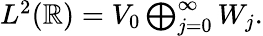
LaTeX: \begin{array}{r}{L^{2}(\mathbb{R})=V_{0}\bigoplus_{j=0}^{\infty}W_{j}.}\end{array}